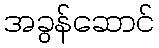
အခွန်ဆောင်